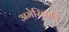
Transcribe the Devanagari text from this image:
अमेरिकाई